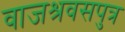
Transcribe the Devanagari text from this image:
वाजश्रवसपुत्र